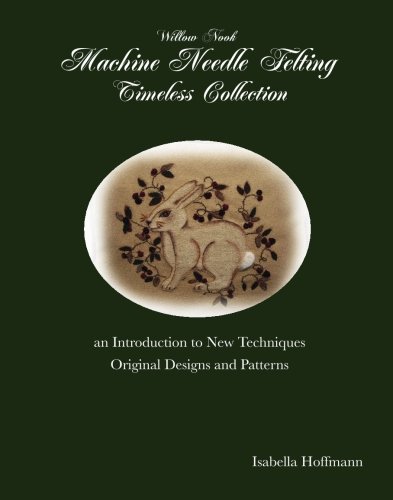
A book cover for Willow Nook Machine Needle Felting Timeless Collection: an Introduction to New Techniques Original Designs and Patterns; Isabella Hoffmann; Crafts, Hobbies & Home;